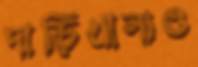
দাড়িখানাও